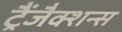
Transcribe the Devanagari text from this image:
ट्रैंजैक्शन्स